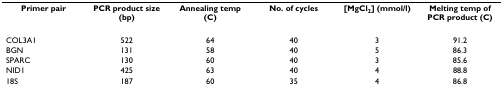
| Primer pair | PCR product size (bp) | Annealing temp (C) | No. of cycles | [MgCl2] (mmol/l) | Melting temp of PCR product (C) |
 | --- | --- | --- | --- | --- | --- |
 | COL3A1 | 522 | 64 | 40 | 3 | 91.2 |
 | BGN | 131 | 58 | 40 | 5 | 86.3 |
 | SPARC | 130 | 60 | 40 | 3 | 85.6 |
 | NID1 | 425 | 63 | 40 | 4 | 88.8 |
 | 18S | 187 | 60 | 35 | 4 | 86.8 |